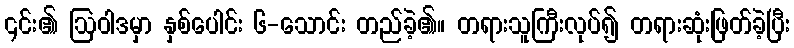
၎င်း၏ ဩဝါဒမှာ နှစ်ပေါင်း ၆-သောင်း တည်ခဲ့၏။ တရားသူကြီးလုပ်၍ တရားဆုံးဖြတ်ခဲ့ပြီး